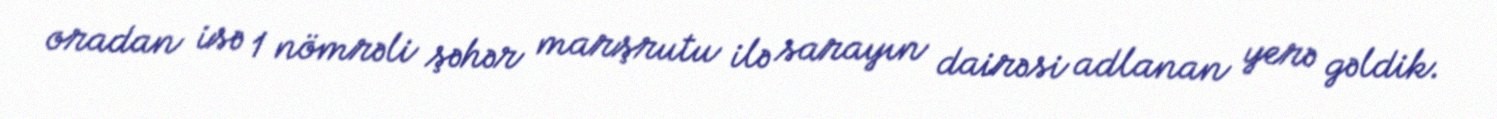
oradan isə 1 nömrəli şəhər marşrutu ilə sarayın dairəsi adlanan yerə gəldik.